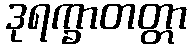
ဒုရက္ခာတတ္တာ